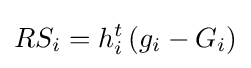
RS_{i}=h_{i}^{t}\left(g_{i}-G_{i}\right)